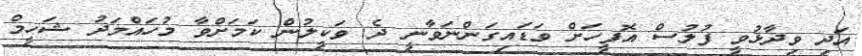
އަދި ވިދާޅުވީ ފުލުސް އޮފީހަށް ވަޑައިގަންނަވާނީ ދެ ވަކީލުން ކަމަށްވާ މުހައްމަދު ޝަހީމް